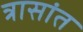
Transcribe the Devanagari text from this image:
त्रासांत